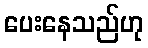
ပေးနေသည်ဟု